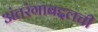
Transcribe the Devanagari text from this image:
अंतरंगाबद्दलची